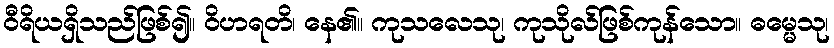
ဝီရိယရှိသည်ဖြစ်၍။ ဝိဟရတိ၊ နေ၏။ ကုသလေသု၊ ကုသိုလ်ဖြစ်ကုန်သော။ ဓမ္မေသု၊